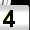
Digit: 4